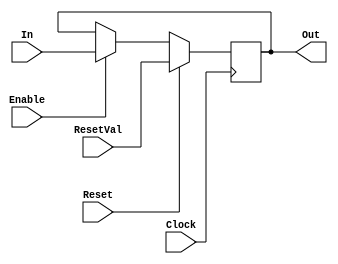
/*****************************************************************************

 The original version of this code comes from the book "Computer Systems: A
 Programmer's Perspective (2o. Edition)", which is copyrighted by the
 authors Randal E. Bryant and David R O'Hallaron.

 The adaptation for the Altera DE2-115 FPGA along with further extensions
 are authored by Leandro T. C. Melo with contributions by Jeferson Chaves.
 No warranties of any kind given.

******************************************************************************/

module Register(Out, In, Enable, Reset, ResetVal, Clock);
   parameter width = 32;

   output [width-1:0] Out;
   reg [width-1:0] Out;
   input [width-1:0] In;
   input Enable;
   input Reset;
   input [width-1:0] ResetVal;
   input Clock;

   always @(posedge Clock)
     begin
        if (Reset)
          Out <= ResetVal;
        else if (Enable)
          Out <= In;
     end
endmodule

// General Purpose Register
module GPR(Out, In, Enable, Reset, ResetVal, Clock);
   output [31:0] Out;
   input [31:0] In;
   input Enable;
   input Reset;
   input [31:0] ResetVal;
   input Clock;

   Register #(32) register(Out, In, Enable, Reset, ResetVal, Clock);
endmodule

// Condition Codes Register
module CC(Out, In, SetCC, Reset, Clock);
   output [2:0] Out;
   input [2:0] In;
   input SetCC;
   input Reset;
   input Clock;

   Register #(3) register(Out, In, SetCC, Reset, 3'b100, Clock);
endmodule

// Branching Register
module Branch(Func, CC, Condition);
   input [3:0] Func;
   input [2:0] CC;
   output Condition;

   wire ZeroFlag     = CC[2];
   wire SignFlag     = CC[1];
   wire OverflowFlag = CC[0];

   // Evaluated conditions
   parameter YES = 4'h0;
   parameter LEQ = 4'h1;
   parameter L   = 4'h2;
   parameter EQ  = 4'h3;
   parameter NEQ = 4'h4;
   parameter GEQ = 4'h5;
   parameter G   = 4'h6;

   assign Condition = (Func == YES) |
                      (Func == LEQ & ((SignFlag ^ OverflowFlag) | ZeroFlag)) |
                      (Func == L   &  (SignFlag ^ OverflowFlag)) |
                      (Func == EQ  & ZeroFlag) |
                      (Func == NEQ & ~ZeroFlag) |
                      (Func == GEQ &  (~SignFlag ^ OverflowFlag)) |
                      (Func == G   & ((~SignFlag ^ OverflowFlag) | ~ZeroFlag));
endmodule

// Architecture Register File
module ARF(CalcValcReg, CalcVal, MemValReg, MemVal,
           Ra, RaVal, Rb, RbVal,
           Reset, Clock,
           EAX, ECX, EDX, EBX, ESP, EBP, ESI, EDI);
   input Reset;
   input Clock;
   input [3:0] CalcValcReg;
   input [31:0] CalcVal;
   input [3:0] MemValReg;
   input [31:0] MemVal;
   input [3:0] Ra;
   input [3:0] Rb;
   output [31:0] RaVal;
   output [31:0] RbVal;
   output [31:0] EAX, ECX, EDX, EBX, ESP, EBP, ESI, EDI;

   // Register identifiers
   parameter ID_EAX = 4'h0;
   parameter ID_ECX = 4'h1;
   parameter ID_EDX = 4'h2;
   parameter ID_EBX = 4'h3;
   parameter ID_ESP = 4'h4;
   parameter ID_EBP = 4'h5;
   parameter ID_ESI = 4'h6;
   parameter ID_EDI = 4'h7;
   parameter ID_INVALID = 4'hF;

   wire [31:0] InputEAX, InputECX, InputEDX, InputEBX,
               InputESP, InputEBP, InputESI, InputEDI;
   wire WriteEAX, WriteECX, WriteEDX, WriteEBX,
        WriteESP, WriteEBP, WriteESI, WriteEDI;

   // Instances
   GPR RegEAX(EAX, InputEAX, WriteEAX, Reset, 0, Clock);
   GPR RegECX(ECX, InputECX, WriteECX, Reset, 0, Clock);
   GPR RegEDX(EDX, InputEDX, WriteEDX, Reset, 0, Clock);
   GPR RegEBX(EBX, InputEBX, WriteEBX, Reset, 0, Clock);
   GPR RegESP(ESP, InputESP, WriteESP, Reset, 0, Clock);
   GPR RegEBP(EBP, InputEBP, WriteEBP, Reset, 0, Clock);
   GPR RegESI(ESI, InputESI, WriteESI, Reset, 0, Clock);
   GPR RegEDI(EDI, InputEDI, WriteEDI, Reset, 0, Clock);

   assign RaVal = Ra == ID_EAX ? EAX :
                  Ra == ID_ECX ? ECX :
                  Ra == ID_EDX ? EDX :
                  Ra == ID_EBX ? EBX :
                  Ra == ID_ESP ? ESP :
                  Ra == ID_EBP ? EBP :
                  Ra == ID_ESI ? ESI :
                  Ra == ID_EDI ? EDI : 0;
   assign RbVal = Rb == ID_EAX ? EAX :
                  Rb == ID_ECX ? ECX :
                  Rb == ID_EDX ? EDX :
                  Rb == ID_EBX ? EBX :
                  Rb == ID_ESP ? ESP :
                  Rb == ID_EBP ? EBP :
                  Rb == ID_ESI ? ESI :
                  Rb == ID_EDI ? EDI : 0;

   assign InputEAX = MemValReg == ID_EAX ? MemVal : CalcVal;
   assign InputECX = MemValReg == ID_ECX ? MemVal : CalcVal;
   assign InputEDX = MemValReg == ID_EDX ? MemVal : CalcVal;
   assign InputEBX = MemValReg == ID_EBX ? MemVal : CalcVal;
   assign InputESP = MemValReg == ID_ESP ? MemVal : CalcVal;
   assign InputEBP = MemValReg == ID_EBP ? MemVal : CalcVal;
   assign InputESI = MemValReg == ID_ESI ? MemVal : CalcVal;
   assign InputEDI = MemValReg == ID_EDI ? MemVal : CalcVal;

   assign WriteEAX = MemValReg == ID_EAX | CalcValcReg == ID_EAX;
   assign WriteECX = MemValReg == ID_ECX | CalcValcReg == ID_ECX;
   assign WriteEDX = MemValReg == ID_EDX | CalcValcReg == ID_EDX;
   assign WriteEBX = MemValReg == ID_EBX | CalcValcReg == ID_EBX;
   assign WriteESP = MemValReg == ID_ESP | CalcValcReg == ID_ESP;
   assign WriteEBP = MemValReg == ID_EBP | CalcValcReg == ID_EBP;
   assign WriteESI = MemValReg == ID_ESI | CalcValcReg == ID_ESI;
   assign WriteEDI = MemValReg == ID_EDI | CalcValcReg == ID_EDI;
endmodule